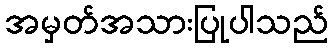
အမှတ်အသားပြုပါသည်